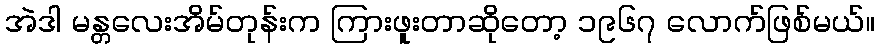
အဲဒါ မန္တလေးအိမ်တုန်းက ကြားဖူးတာဆိုတော့ ၁၉၆၇ လောက်ဖြစ်မယ်။